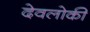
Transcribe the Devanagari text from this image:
देवलोकी